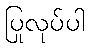
ပြုလုပ်ပါ